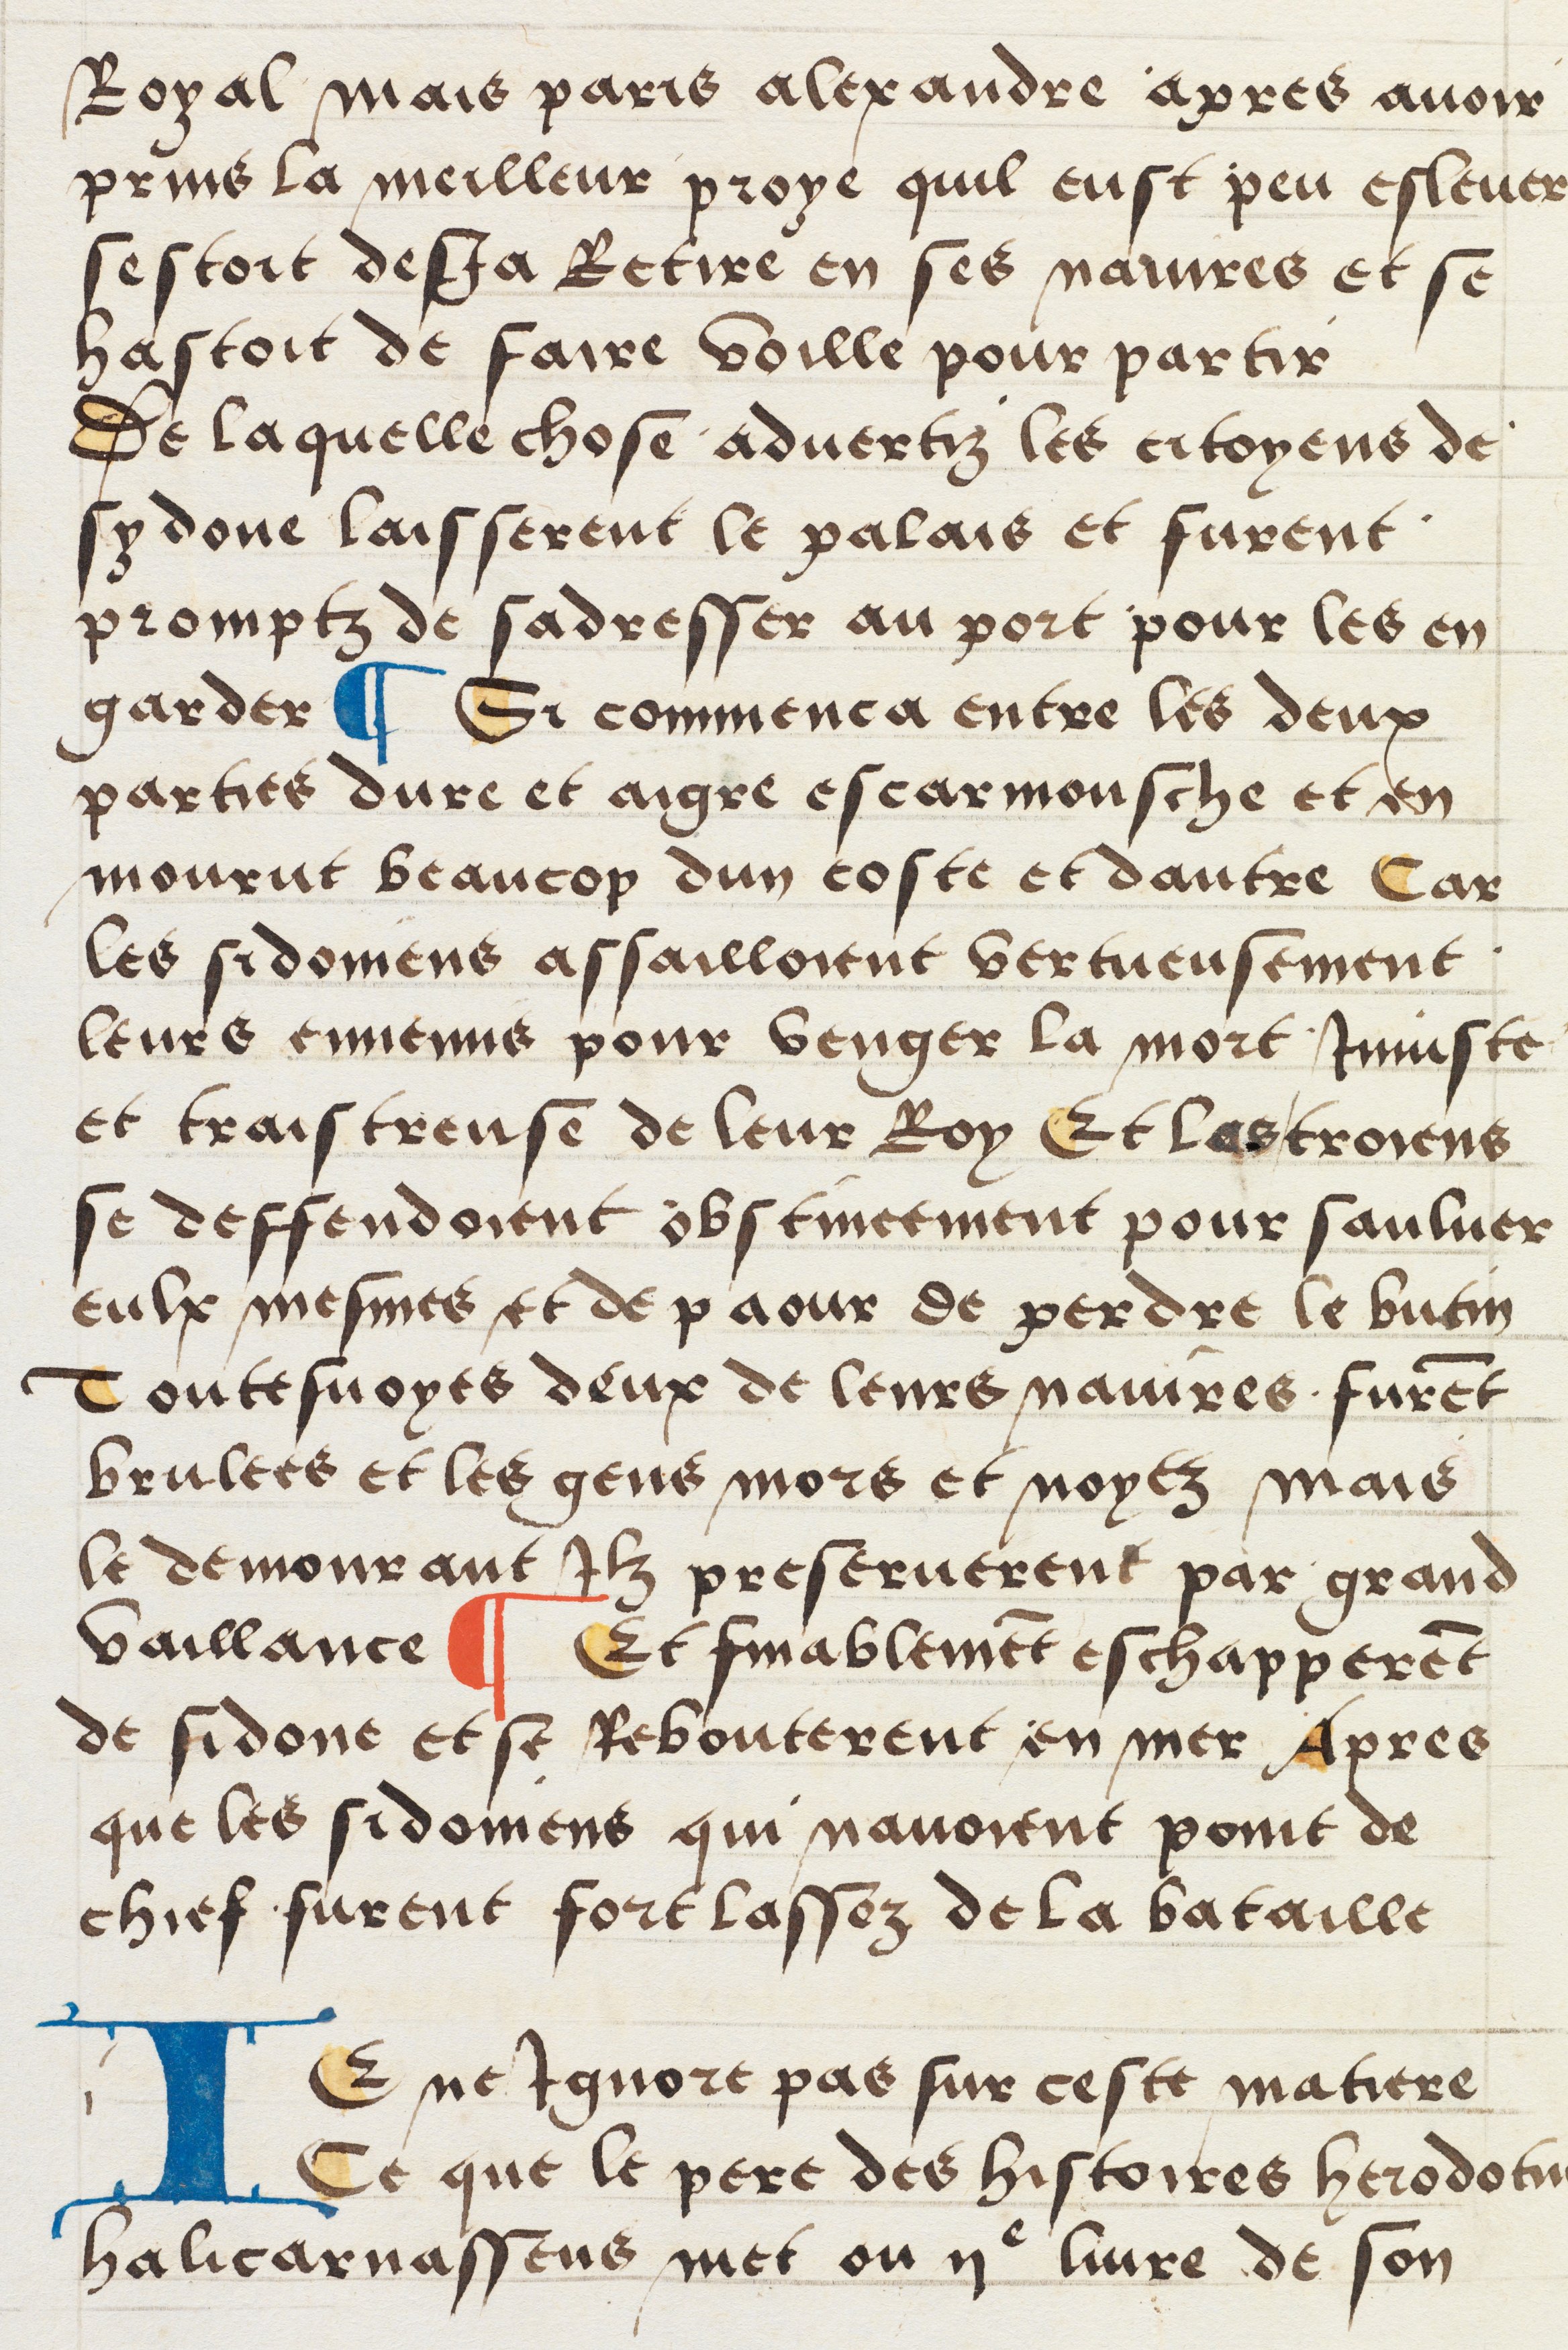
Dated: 1512–1524